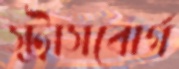
স্ট্রাসবোর্গ